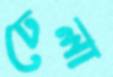
ঢেলা